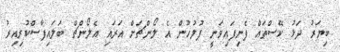
ބިޔަރު ދަޅު ކޭސްތައް ފެނިފައިވަނީ ފުލުހުން އެ ލޯންޗަށް އަރައި އެލޯންޗް ބަލައިފާސްކުރިއިރު